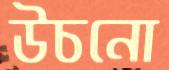
উচনো